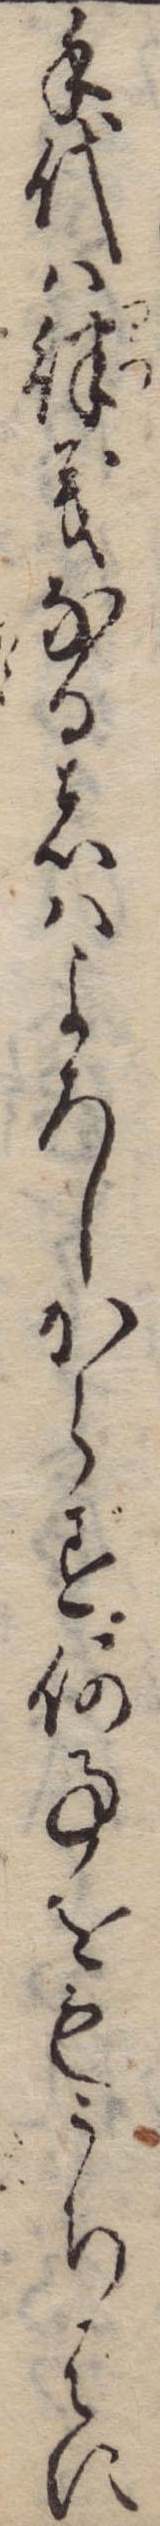
手代は律義なる者はよろしからず何事をもうちはに